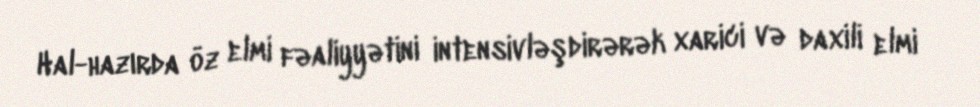
Hal-hazırda öz elmi fəaliyyətini intensivləşdirərək xarici və daxili elmi